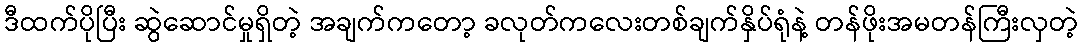
ဒီထက်ပိုပြီး ဆွဲဆောင်မှုရှိတဲ့ အချက်ကတော့ ခလုတ်ကလေးတစ်ချက်နှိပ်ရုံနဲ့ တန်ဖိုးအမတန်ကြီးလှတဲ့